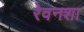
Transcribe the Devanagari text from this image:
रेवनशा